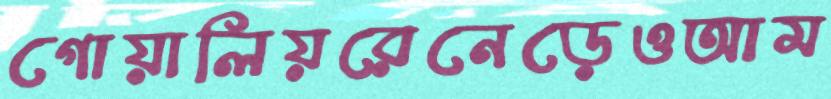
গোয়ালিয়রেনেড়েওআম